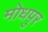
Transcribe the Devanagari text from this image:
मोधपुर